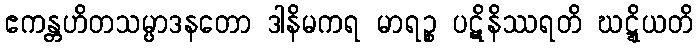
ဧကန္တဟိတသမ္ပာဒနတော ဒါနိမကရ မာရဉ္စ ပဋိနိဿရတိ ဃဋ္ဋိယတိ